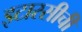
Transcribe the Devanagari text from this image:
इटारसीची